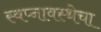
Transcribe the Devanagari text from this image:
स्वप्नावस्थेचा